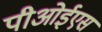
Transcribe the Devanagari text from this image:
पीओईएस